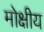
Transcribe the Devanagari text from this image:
मोक्षीय